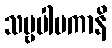
သဗ္ဗပါပကာနိ